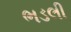
ભડલી